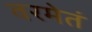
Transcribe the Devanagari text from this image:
वरमेतं